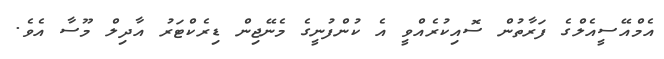
އެމްއޭސީއެލްގެ ފަރާތުން ސޮއިކުރެއްވީ އެ ކުންފުނީގެ މެނޭޖިން ޑިރެކްޓަރު އާދިލް މޫސާ އެވެ.